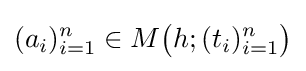
(a_{i})_{i=1}^{n}\in M{\big (}h;(t_{i})_{i=1}^{n}{\big )}